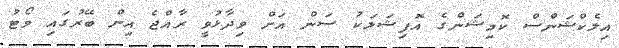
އިލެކްޝަންސް ކޮމިޝަންގެ އޮފިޝަލަކު ސަން އަށް ވިދާޅުވީ ރާއްޖެ އިން ބޭރުގައި ވޯޓު